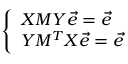
\left\{ \begin{array} { l l } { X M Y \vec { e } = \vec { e } } \\ { Y M ^ { T } X \vec { e } = \vec { e } } \end{array} \right.